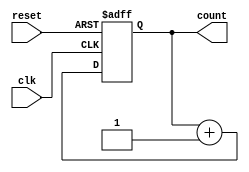
module async_reset_sync_counter (
    input wire clk,            // Clock input
    input wire reset,          // Asynchronous reset input
    output reg [3:0] count     // 4-bit counter output
);

// Always block for the counter logic
always @(posedge clk or posedge reset) begin
    if (reset) begin
        // Asynchronous reset: set count to 0
        count <= 4'b0000;
    end else begin
        // Increment the counter on the rising edge of the clock
        count <= count + 1;
    end
end

endmodule